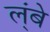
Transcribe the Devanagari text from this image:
ल्ंबे